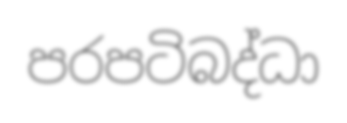
පරපටිබද්ධා